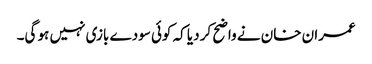
عمران خان نے واضح کر دیا کہ کوئی سودے بازی نہیں ہو گی۔